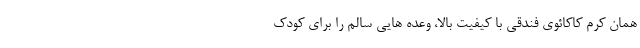
همان کرم کاکائوی فندقی با کیفیت بالا، وعده هایی سالم را برای کودک